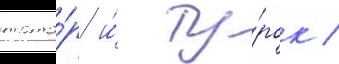
тата́р и́ ту́рок /